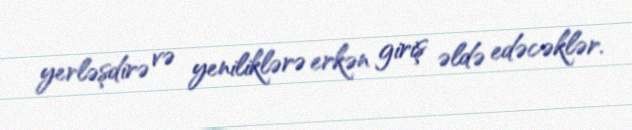
yerləşdirə və yeniliklərə erkən giriş əldə edəcəklər.